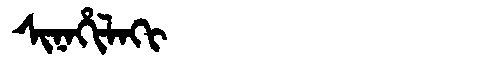
Manchu: ᠰᡳᠨᠠᡥᡳᠯᠠᡴᡳ
Romanization: SINAHILAKI